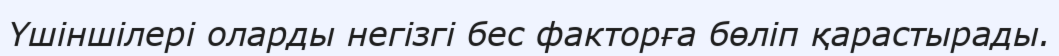
Үшіншілері оларды негізгі бес факторға бөліп қарастырады.